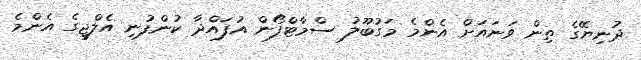
ދުނިޔޭގެ ތިން ވަނައަށް އެންމެ މަގުބޫލު ސްމާޓްފޯން އުފައްދާ ކުންފުނި އެލްޖީގެ އެންމެ